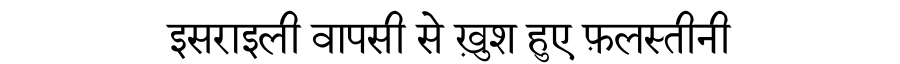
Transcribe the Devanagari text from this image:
इसराइली वापसी से ख़ुश हुए फ़लस्तीनी